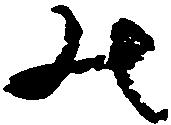
の